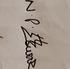
Signature authenticity: genuine